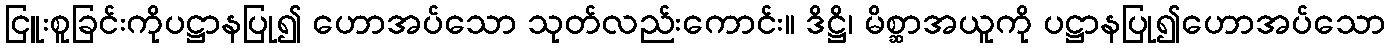
ငြူးစူခြင်းကိုပဋ္ဌာနပြု၍ ဟောအပ်သော သုတ်လည်းကောင်း။ ဒိဋ္ဌိ၊ မိစ္ဆာအယူကို ပဋ္ဌာနပြု၍ဟောအပ်သော